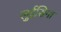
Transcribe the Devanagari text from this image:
लुईसिना